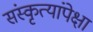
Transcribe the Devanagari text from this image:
संस्कृत्यांपेक्षा